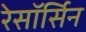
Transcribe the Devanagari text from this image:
रेसॉर्सिन